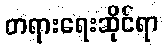
တရားရေးဆိုင်ရာ